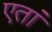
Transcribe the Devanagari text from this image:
एतां